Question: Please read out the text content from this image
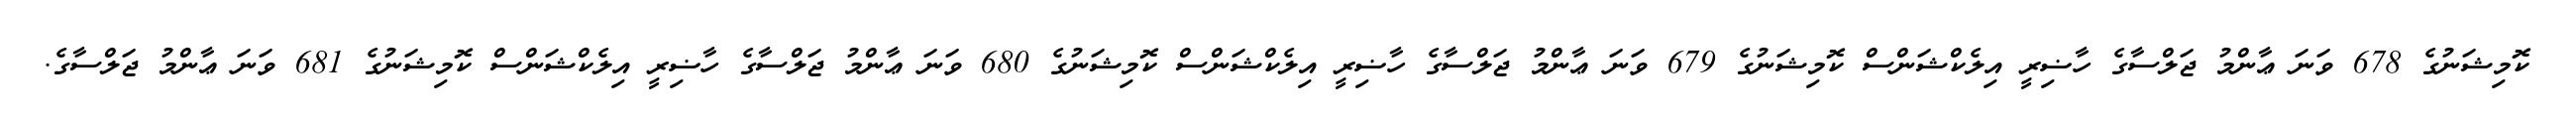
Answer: ކޮމިޝަނުގެ 678 ވަނަ ޢާންމު ޖަލްސާގެ ހާޟިރީ އިލެކްޝަންސް ކޮމިޝަނުގެ 679 ވަނަ ޢާންމު ޖަލްސާގެ ހާޟިރީ އިލެކްޝަންސް ކޮމިޝަނުގެ 680 ވަނަ ޢާންމު ޖަލްސާގެ ހާޟިރީ އިލެކްޝަންސް ކޮމިޝަނުގެ 681 ވަނަ ޢާންމު ޖަލްސާގެ.